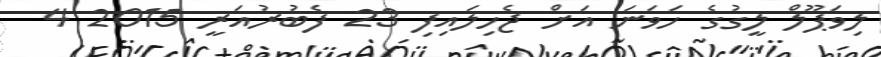
ލިވަޕޫލް ލީގުގެ ހަވަނަ އަށް ޖެހިލައިފި 23 ފެބުރުއަރީ 2015 4